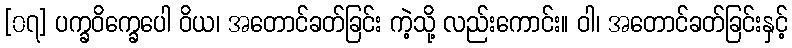
[၀၇] ပက္ခဝိက္ခေပေါ ဝိယ၊ အတောင်ခတ်ခြင်း ကဲ့သို့ လည်းကောင်း။ ဝါ၊ အတောင်ခတ်ခြင်းနှင့်